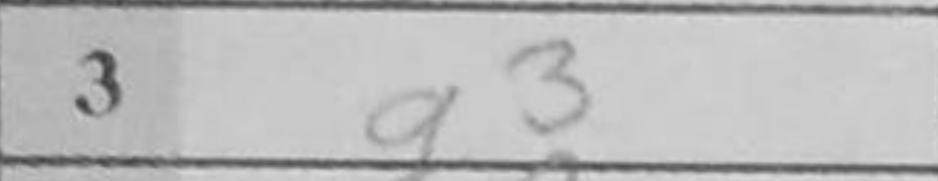
Transcription: g3